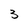
Character: 3